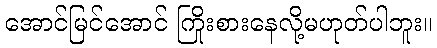
အောင်မြင်အောင် ကြိုးစားနေလို့မဟုတ်ပါဘူး။